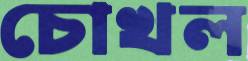
চোখল